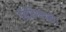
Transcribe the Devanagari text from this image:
बिसिग्नानी।